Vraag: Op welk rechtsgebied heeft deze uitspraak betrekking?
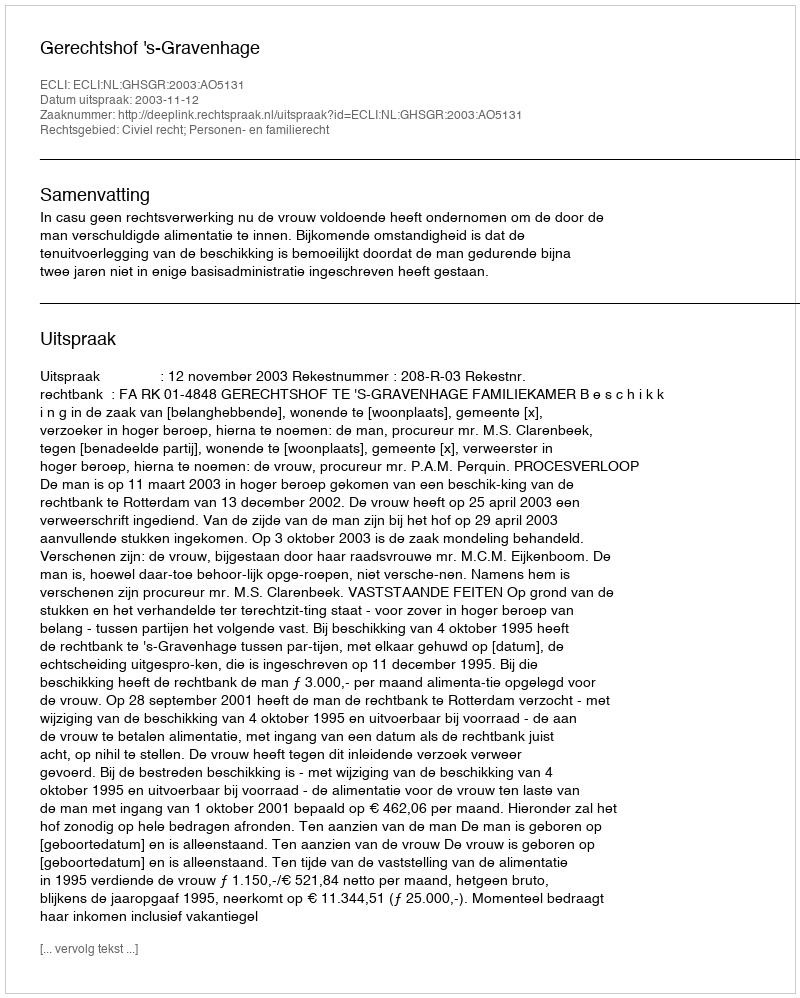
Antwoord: Civiel recht; Personen- en familierecht